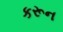
કરૂન